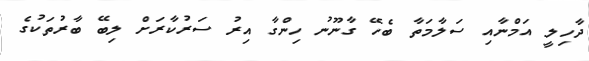
ދާހިލީ އަމްނާއި ސަލާމަތާ ބެހޭ ގާނޫނު ހިންގާ އިރު ސަރުކާރަށް ލިބޭ ބާރުތަކުގެ